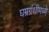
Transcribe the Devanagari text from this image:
घम्रग्रंथीमध्ये